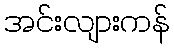
အင်းလျားကန်